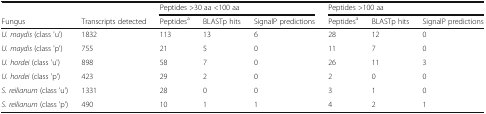
|  |  | <COLSPAN=3> Peptides >30 aa <100 aa | <COLSPAN=3> Peptides >100 aa |
 | Fungus | Transcripts detected | Peptidesa | BLASTp hits | SignalP predictions | Peptidesa | BLASTp hits | SignalP predictions |
 | --- | --- | --- | --- | --- | --- | --- | --- |
 | U. maydis (class 'u') | 1832 | 113 | 13 | 6 | 28 | 12 | 0 |
 | U. maydis (class 'p') | 755 | 21 | 5 | 0 | 11 | 7 | 0 |
 | U. hordei (class 'u') | 898 | 58 | 7 | 0 | 26 | 11 | 3 |
 | U. hordei (class 'p') | 423 | 29 | 2 | 0 | 2 | 0 | 0 |
 | S. reilianum (class 'u') | 1331 | 28 | 0 | 0 | 3 | 1 | 0 |
 | S. reilianum (class 'p') | 490 | 10 | 1 | 1 | 4 | 2 | 1 |